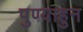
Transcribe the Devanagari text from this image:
पुण्याहुन